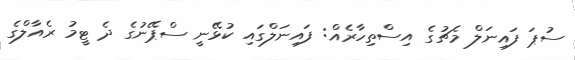
ސުޕަ ފައިނަލް މެޗުގެ އިސްތިހާރެއް: ފައިނަލްގައި ކުޅޭނީ ސްޕޭނުގެ ދެ ޓީމު ރެއާލްގެ